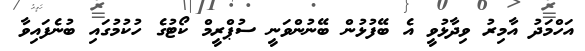
އަހްމަދު އާމިރު ވިދާޅުވީ އެ ބޭފުޅުން ބޭނުންވަނީ ސުޕްރީމް ކޯޓުގެ ހުކުމުގައި ބުނެފައިވާ